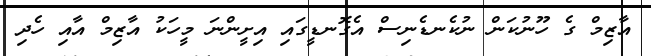
އާޒިމް ގެ ހޫނުކަން ނުކެނޑެނިސް އެގޮނޑީގައި އިށީންނަ މީހަކު އާޒިމް އާއި ހެދި